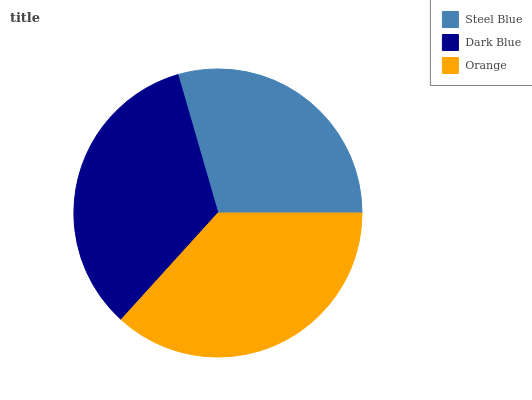
| Steel Blue | Dark Blue | Orange |
 | --- | --- | --- |
 | 29.5% | 33.8% | 36.8% |